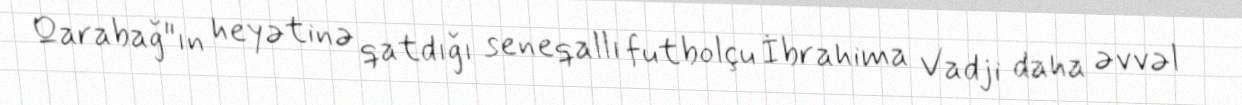
Qarabağ"ın heyətinə qatdığı seneqallı futbolçu İbrahima Vadji daha əvvəl